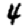
Digit: 4